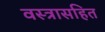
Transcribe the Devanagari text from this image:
वस्त्रासहित